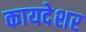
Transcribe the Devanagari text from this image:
कायदेशर